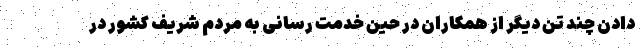
دادن چند تن دیگر از همکاران در حین خدمت رسانی به مردم شریف کشور در